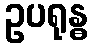
ဥပရုန္ဓ